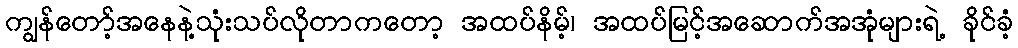
ကျွန်တော့်အနေနဲ့သုံးသပ်လိုတာကတော့ အထပ်နိမ့်၊ အထပ်မြင့်အဆောက်အအုံများရဲ့ ခိုင်ခံ့